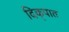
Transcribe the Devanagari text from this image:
दिक्‌पात